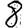
Digit: 8